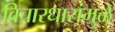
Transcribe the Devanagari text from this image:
विचारधारांमुळे